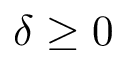
\delta \geq 0